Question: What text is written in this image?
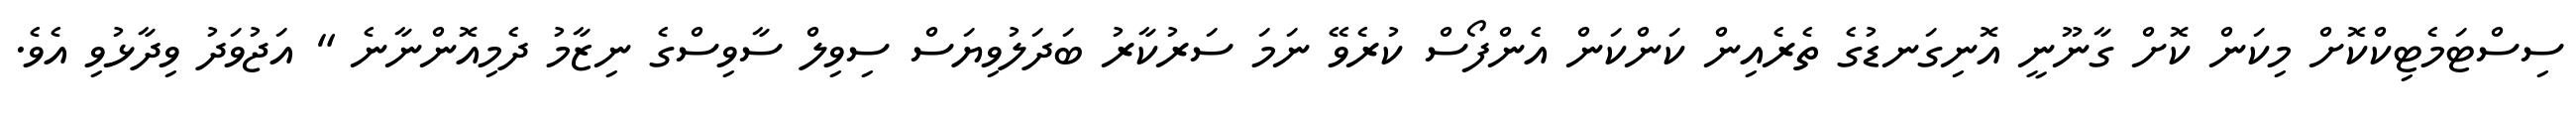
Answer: ސިސްޓަމެޓިކްކޮށް މިކަން ކޮށް ގާނޫނީ އޮނިގަނޑުގެ ތެރެއިން ކަންކަން އެންފޯސް ކުރެވޭ ނަމަ ސަރުކާރު ބަދަލުވިޔަސް ސިވިލް ސާވިސްގެ ނިޒާމު ދެމިއޮންނާނެ " އަޖުވަދު ވިދާޅުވި އެވެ.